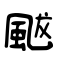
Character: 颰